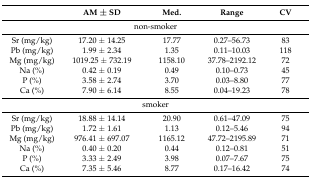
<table><thead><tr><td></td><td><b>AM ± SD</b></td><td><b>Med.</b></td><td><b>Range</b></td><td><b>CV</b></td></tr></thead><tbody><tr><td colspan="5">non-smoker</td></tr><tr><td>Sr (mg/kg)</td><td>17.20 ± 14.25</td><td>17.77</td><td>0.27–56.73</td><td>83</td></tr><tr><td>Pb (mg/kg)</td><td>1.99 ± 2.34</td><td>1.35</td><td>0.11–10.03</td><td>118</td></tr><tr><td>Mg (mg/kg)</td><td>1019.25 ± 732.19</td><td>1158.10</td><td>37.78–2192.12</td><td>72</td></tr><tr><td>Na (%)</td><td>0.42 ± 0.19</td><td>0.49</td><td>0.10–0.73</td><td>45</td></tr><tr><td>P (%)</td><td>3.58 ± 2.74</td><td>3.70</td><td>0.03–8.80</td><td>77</td></tr><tr><td>Ca (%)</td><td>7.90 ± 6.14</td><td>8.55</td><td>0.04–19.23</td><td>78</td></tr><tr><td colspan="5">smoker</td></tr><tr><td>Sr (mg/kg)</td><td>18.88 ± 14.14</td><td>20.90</td><td>0.61–47.09</td><td>75</td></tr><tr><td>Pb (mg/kg)</td><td>1.72 ± 1.61</td><td>1.13</td><td>0.12–5.46</td><td>94</td></tr><tr><td>Mg (mg/kg)</td><td>976.41 ± 697.07</td><td>1165.12</td><td>47.72–2195.89</td><td>71</td></tr><tr><td>Na (%)</td><td>0.40 ± 0.20</td><td>0.44</td><td>0.12–0.81</td><td>51</td></tr><tr><td>P (%)</td><td>3.33 ± 2.49</td><td>3.98</td><td>0.07–7.67</td><td>75</td></tr><tr><td>Ca (%)</td><td>7.35 ± 5.46</td><td>8.77</td><td>0.17–16.42</td><td>74</td></tr></tbody></table>